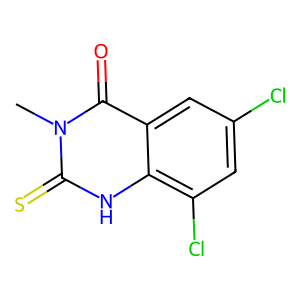
SMILES: Cn1c(=S)[nH]c2c(Cl)cc(Cl)cc2c1=O
Inhibits HIV replication: No